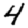
Digit: 4